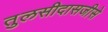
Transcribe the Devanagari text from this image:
तुलसीदासजीसे